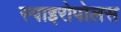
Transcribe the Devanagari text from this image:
स्पाइरोपोलस